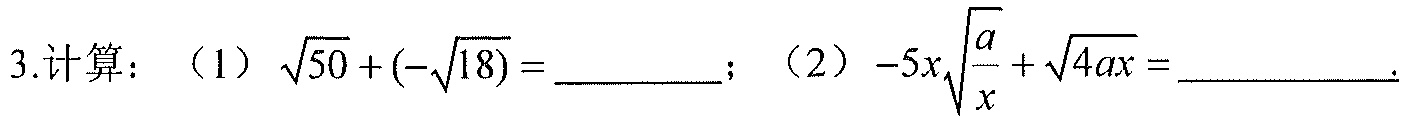
3.计算：（1）\(\sqrt{50}+(-\sqrt{18}) = \_\_\_\_\_\_\)；（2）\(-5x\sqrt{\frac{a}{x}}+\sqrt{4ax} = \_\_\_\_\_\_\).